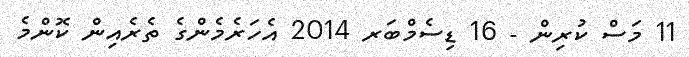
11 މަސް ކުރިން - 16 ޑިސެމްބަރ 2014 އެހަރެމެންގެ ތެރެއިން ކޮންމެ